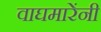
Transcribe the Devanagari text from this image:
वाघमारेंनी